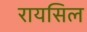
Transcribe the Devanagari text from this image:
रायसिल